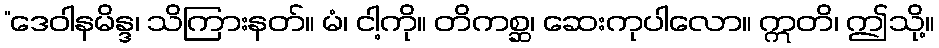
“ဒေဝါနမိန္ဒ၊ သိကြားနတ်။ မံ၊ ငါ့ကို။ တိကစ္ဆ၊ ဆေးကုပါလော။ ဣတိ၊ ဤသို့။